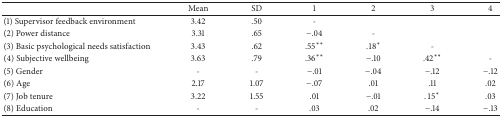
<table><thead><tr><td><b> </b></td><td><b>Mean</b></td><td><b>SD</b></td><td><b>1</b></td><td><b>2</b></td><td><b>3</b></td><td><b>4</b></td></tr></thead><tbody><tr><td>(1) Supervisor feedback environment</td><td>3.42</td><td>.50</td><td>-</td><td> </td><td> </td><td> </td></tr><tr><td>(2) Power distance</td><td>3.31</td><td>.65</td><td>−.04</td><td>-</td><td> </td><td> </td></tr><tr><td>(3) Basic psychological needs satisfaction</td><td>3.43</td><td>.62</td><td>.55<sup><i>∗∗</i></sup></td><td>.18<sup><i>∗</i></sup></td><td>-</td><td> </td></tr><tr><td>(4) Subjective wellbeing</td><td>3.63</td><td>.79</td><td>.36<sup><i>∗∗</i></sup></td><td>−.10</td><td>.42<sup><i>∗∗</i></sup></td><td>-</td></tr><tr><td>(5) Gender</td><td>-</td><td>-</td><td>−.01</td><td>−.04</td><td>−.12</td><td>−.12</td></tr><tr><td>(6) Age</td><td>2.17</td><td>1.07</td><td>−.07</td><td>.01</td><td>.11</td><td>.02</td></tr><tr><td>(7) Job tenure</td><td>3.22</td><td>1.55</td><td>.01</td><td>−.01</td><td>.15<sup><i>∗</i></sup></td><td>.03</td></tr><tr><td>(8) Education</td><td>-</td><td>-</td><td>.03</td><td>.02</td><td>−.14</td><td>−.13</td></tr></tbody></table>